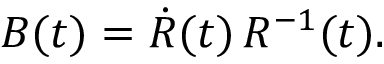
B ( t ) = \dot { R } ( t ) \, R ^ { - 1 } ( t ) .